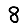
Digit: 8